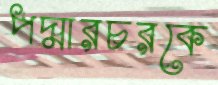
পদ্মারচরকে